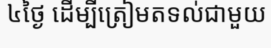
៤ថ្ងៃ ដើម្បីត្រៀមតទល់ជាមួយ